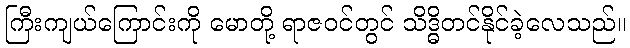
ကြီးကျယ်ကြောင်းကို မောတို့ ရာဇဝင်တွင် သိဒ္ဓိတင်နိုင်ခဲ့လေသည်။